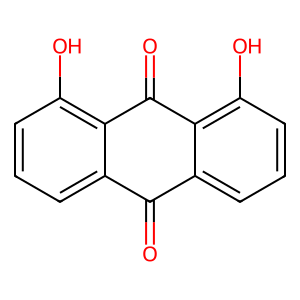
SMILES: O=C1c2cccc(O)c2C(=O)c2c(O)cccc21
Inhibits HIV replication: No